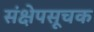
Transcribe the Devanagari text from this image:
संक्षेपसूचक